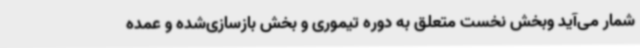
شمار می‌آید وبخش نخست متعلق به دوره تیموری و بخش بازسازی‌شده و عمده